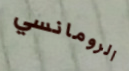
الرومانسي